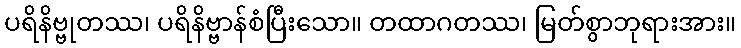
ပရိနိဗ္ဗုတဿ၊ ပရိနိဗ္ဗာန်စံပြီးသော။ တထာဂတဿ၊ မြတ်စွာဘုရားအား။